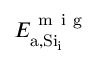
E _ { \mathrm { a , S i _ { i } } } ^ { \mathrm { ~ m ~ i ~ g ~ } }